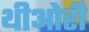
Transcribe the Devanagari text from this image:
थीओरी